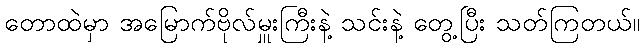
တောထဲမှာ အမြောက်ဗိုလ်မှူးကြီးနဲ့ သင်းနဲ့ တွေ့ပြီး သတ်ကြတယ်။